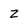
Character: Z